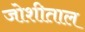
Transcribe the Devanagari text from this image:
जोशीताल